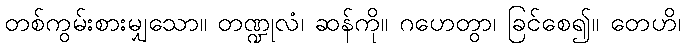
တစ်ကွမ်းစားမျှသော။ တဏ္ဍုလံ၊ ဆန်ကို။ ဂဟေတွာ၊ ခြင်စေ၍။ တေဟိ၊